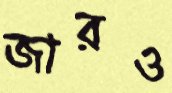
জারও